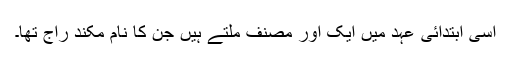
اسی ابتدائی عہد میں ایک اور مصنف ملتے ہیں جن کا نام مکند راج تھا۔